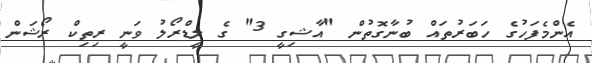
އެންމެފަހުގެ ހަބަރުތައް ބުނާގޮތުން "އާޝިގީ 3" ގެ ލީޑްރޯލު ވަނީ ރިތިކް ރޯޝަން